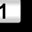
Digit: 1